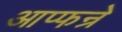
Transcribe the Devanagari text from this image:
आप्फन्रे